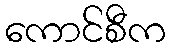
ကောင်စီက